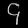
Digit: ၄